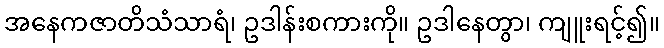
အနေကဇာတိသံသာရံ၊ ဥဒါန်းစကားကို။ ဥဒါနေတွာ၊ ကျူးရင့်၍။